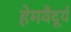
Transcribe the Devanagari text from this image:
हेमवैदूर्य